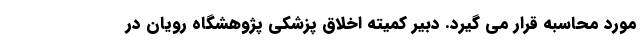
مورد محاسبه قرار می‌ گیرد. دبیر کمیته اخلاق پزشکی پژوهشگاه رویان در